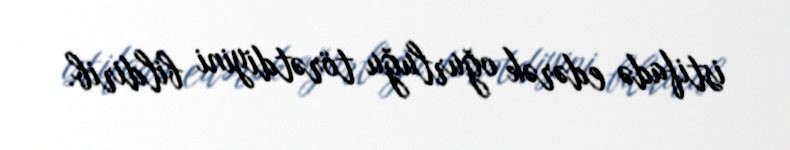
istifadə edərək oğurluğu törətdiyini bildirib.